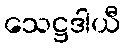
သေဋ္ဌဒါယီ